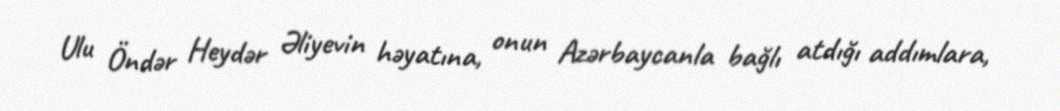
Ulu Öndər Heydər Əliyevin həyatına, onun Azərbaycanla bağlı atdığı addımlara,